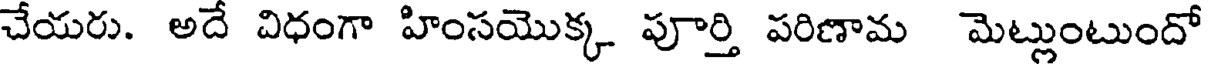
చేయరు. అదే విధంగా హింసయొక్క పూర్తి పరిణామ మెట్లుంటుందో